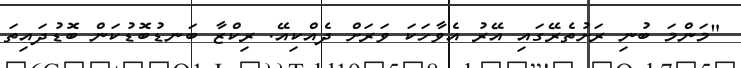
"މަންމަ ބުނި ރަށުތެރޭގައި އޭރު އެވާހަކަ ވަރަށް ދެއްކިއޭ. ރިކްޒާ ބަނޑުބޮޑުކަން ބޮޑުދައިތަ